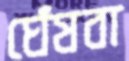
ঘেঁষবা